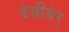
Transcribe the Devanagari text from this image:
देसीङेर्